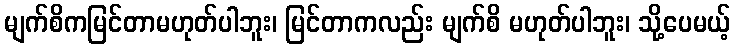
မျက်စိကမြင်တာမဟုတ်ပါဘူး၊ မြင်တာကလည်း မျက်စိ မဟုတ်ပါဘူး၊ သို့ပေမယ့်